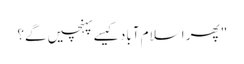
" پھر اسلام آباد کیسے پہنچیں گے؟